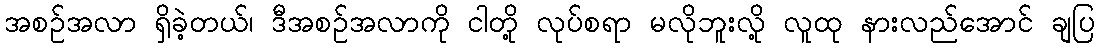
အစဉ်အလာ ရှိခဲ့တယ်၊ ဒီအစဉ်အလာကို ငါတို့ လုပ်စရာ မလိုဘူးလို့ လူထု နားလည်အောင် ချပြ